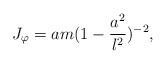
LaTeX: \begin{align*}J_{\varphi }=am(1-\frac{a^{2}}{l^{2}})^{-2}, \end{align*}